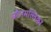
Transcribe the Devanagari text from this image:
मौलमल्लिका